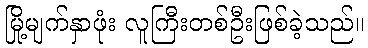
မြို့မျက်နှာဖုံး လူကြီးတစ်ဦးဖြစ်ခဲ့သည်။